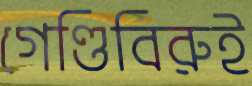
গেণ্ডিবিরুই